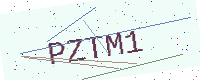
Text: PZTM1